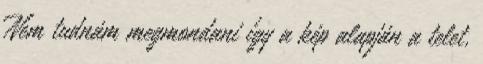
Nem tudnám megmondani így a kép alapján a telet,